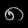
Digit: ၈